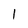
Character: 1